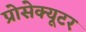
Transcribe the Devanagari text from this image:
प्रोसेक्यूटर